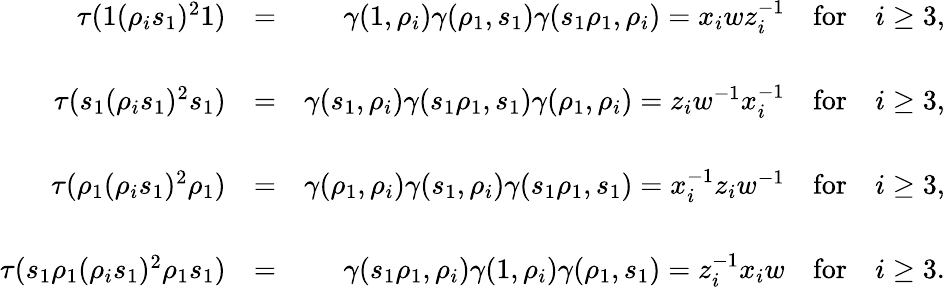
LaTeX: \begin{array}{rlr}{\tau(1(\rho_{i}s_{1})^{2}1)}&{=}&{\gamma(1,\rho_{i})\gamma(\rho_{1},s_{1})\gamma(s_{1}\rho_{1},\rho_{i})=x_{i}wz_{i}^{-1}\quad\textrm{for}\quad i\geq 3,}\\ &{}&\\ {\tau(s_{1}(\rho_{i}s_{1})^{2}s_{1})}&{=}&{\gamma(s_{1},\rho_{i})\gamma(s_{1}\rho_{1},s_{1})\gamma(\rho_{1},\rho_{i})=z_{i}w^{-1}x_{i}^{-1}\quad\textrm{for}\quad i\geq 3,}\\ &{}&\\ {\tau(\rho_{1}(\rho_{i}s_{1})^{2}\rho_{1})}&{=}&{\gamma(\rho_{1},\rho_{i})\gamma(s_{1},\rho_{i})\gamma(s_{1}\rho_{1},s_{1})=x_{i}^{-1}z_{i}w^{-1}\quad\textrm{for}\quad i\geq 3,}\\ &{}&\\ {\tau(s_{1}\rho_{1}(\rho_{i}s_{1})^{2}\rho_{1}s_{1})}&{=}&{\gamma(s_{1}\rho_{1},\rho_{i})\gamma(1,\rho_{i})\gamma(\rho_{1},s_{1})=z_{i}^{-1}x_{i}w\quad\textrm{for}\quad i\geq 3.}\end{array}